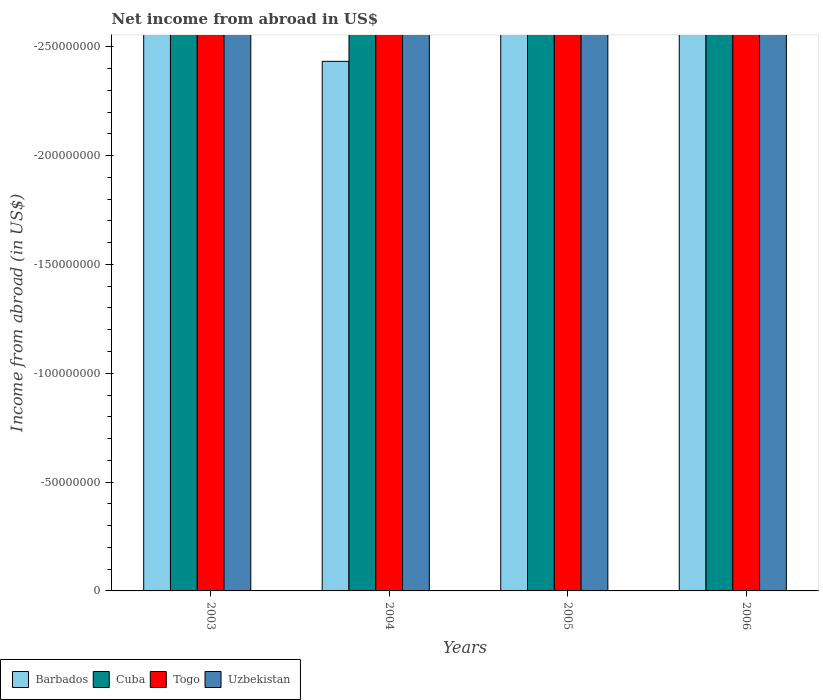
| Years | Barbados | Cuba | Togo | Uzbekistan |
 | --- | --- | --- | --- | --- |
 | 2003 | -2.76e+08 | -5.61e+08 | -1.36e+10 | -1.13e+11 |
 | 2004 | -2.43e+08 | -6.49e+08 | -1.77e+10 | -5e+10 |
 | 2005 | -3.62e+08 | -6.33e+08 | -1.86e+10 | -2.7e+10 |
 | 2006 | -5.13e+08 | -6.17e+08 | -1.98e+10 | -1.77e+11 |